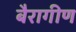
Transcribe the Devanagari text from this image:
बैरागीण